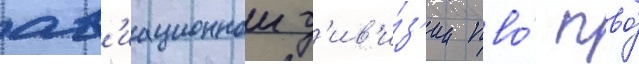
ав'иационнои д'ив'и́з'ии пво́ пво́